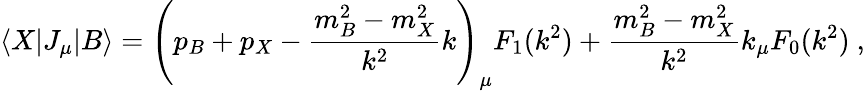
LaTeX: \langle X|J_{\mu}|B\rangle=\left(p_{B}+p_{X}-\frac{m_{B}^{2}-m_{X}^{2}}{k^{2}}k\right)_{\mu}F_{1}(k^{2})+\frac{m_{B}^{2}-m_{X}^{2}}{k^{2}}k_{\mu}F_{0}(k^{2})\ ,